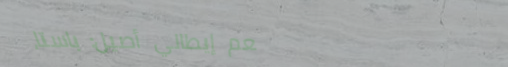
مطعم إيطالي أصيل: باستا،